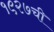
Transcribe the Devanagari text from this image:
१९२७ची